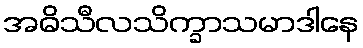
အဓိသီလသိက္ခာသမာဒါနေ